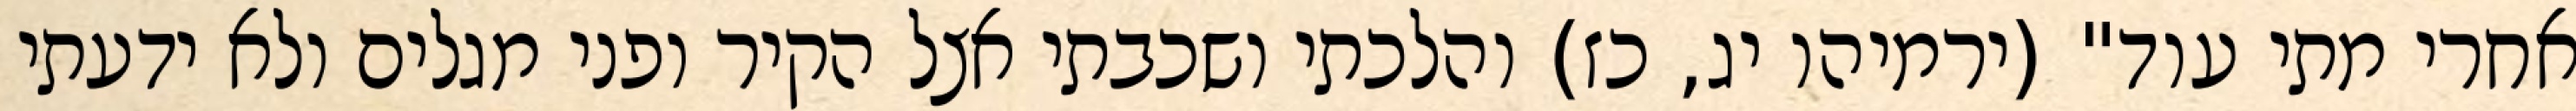
אחרי מתי עוד" (ירמיהו יג, כז) והלכתי ושכבתי אצל הקיר ופני מגלים ולא ידעתי